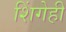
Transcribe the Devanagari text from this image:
शिंगेही